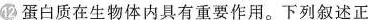
12 蛋白质在生物体内具有重要作用。下列叙述正